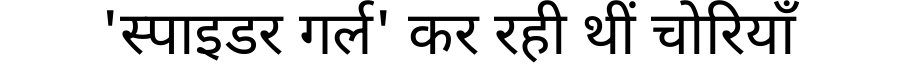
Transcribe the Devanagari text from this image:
'स्पाइडर गर्ल' कर रही थीं चोरियाँ